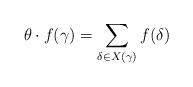
LaTeX: \begin{align*}\theta\cdot f(\gamma)=\sum_{\substack{\delta\in{X(\gamma)}}}f(\delta)\end{align*}